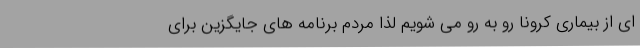
ای از بیماری کرونا رو به رو می شویم لذا مردم برنامه های جایگزین برای